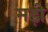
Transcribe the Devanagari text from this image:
मड़ी